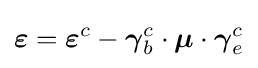
{\boldsymbol {\varepsilon }}={\boldsymbol {\varepsilon }}^{c}-{\boldsymbol {\gamma }}_{b}^{c}\cdot {\boldsymbol {\mu }}\cdot {\boldsymbol {\gamma }}_{e}^{c}